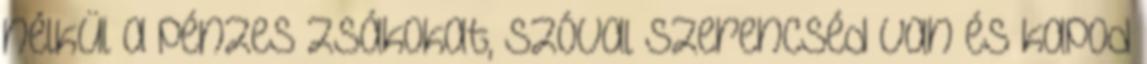
nélkül a pénzes zsákokat, szóval szerencséd van és kapod